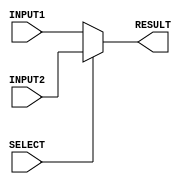
`timescale 1ns/100ps

module mux_2to1_3bit (INPUT1, INPUT2, RESULT, SELECT);

    input [2:0] INPUT1, INPUT2;
    input SELECT;
    output reg [2:0] RESULT;

    always @ (*)
    begin
        if (SELECT == 1'b0)
            RESULT = INPUT1;
        else
            RESULT = INPUT2;
    end

endmodule